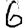
Digit: 6